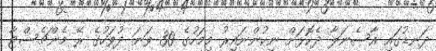
ދަނޑުގައި އާސެނަލާ ދެކޮޅަށް ނިކުންނައިރު މިމަހުގެ 30 ވަނަ ދުވަހުގެ ރޭ މެންޗެސްޓާ